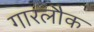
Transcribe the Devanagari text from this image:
गारलौक